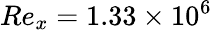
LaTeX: Re_{x}=1.33\times 10^{6}